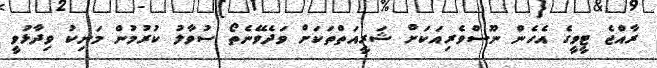
ރާއްޖެ ޓީވީގެ އެހެން ނޫސްވެރިއަކަށް ޝަރީއަތްތަކަށް ވަދެވޭނެތޯ ސުވާލު ކުރުމުން މަނިކު ވިދާޅުވީ